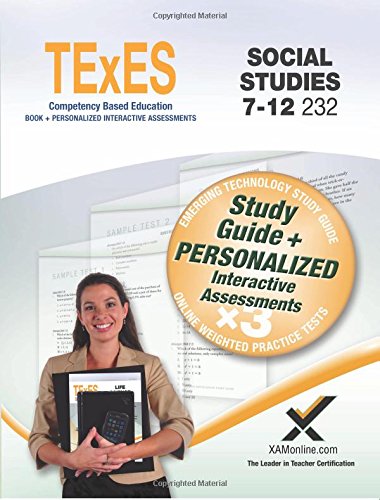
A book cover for TExES Social Studies 7-12 232 Book + Online; Sharon Wynne; Test Preparation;